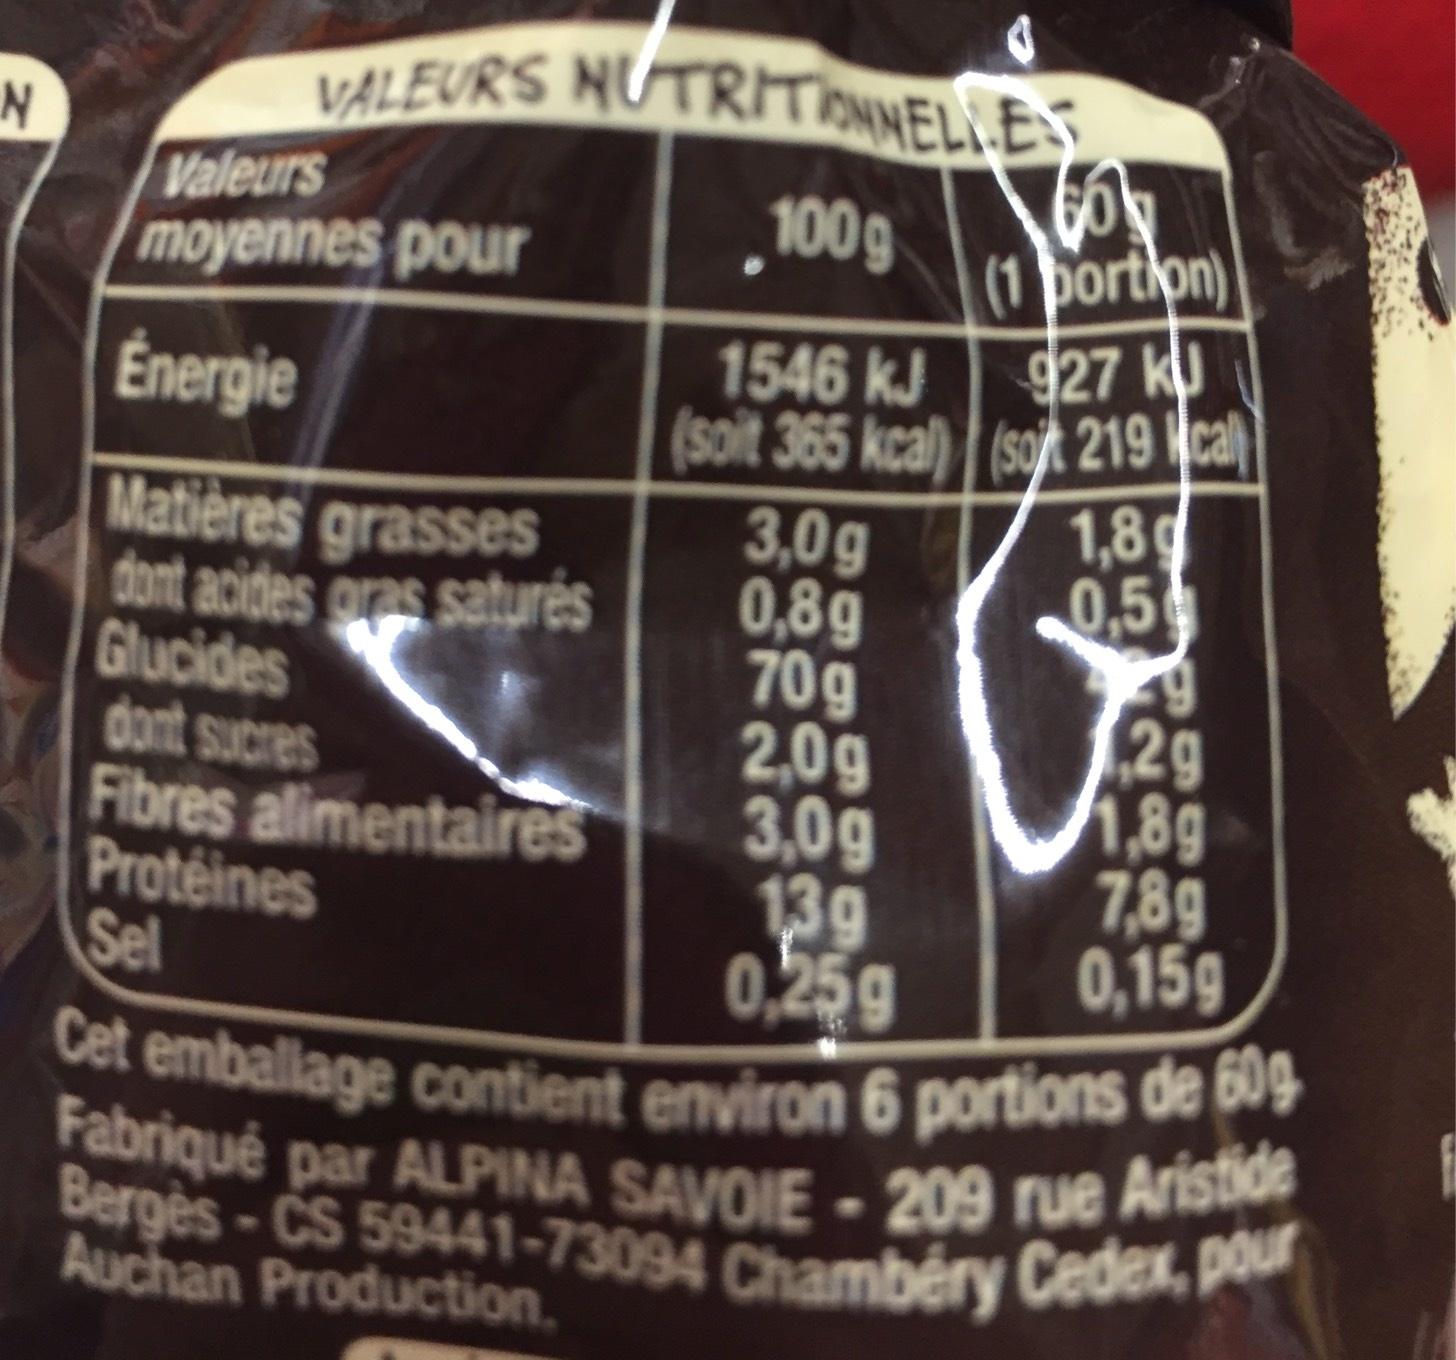
N
VALEURS NUTRITIONNELLES
100g
1546 kJ
(soit 365 kcal)
Valeurs
moyennes pour
Energie
Matières grasses dont acides gras saturés
Glucides
3,0g
0,8g
70g
2,0g
66
(1 portion) 927 k (soit 219 cal
3,0g
13g
0,25g
1,8
0,5
49
2g
dont sucres Fibres alimentaires
1,8g
7,89
Protéines Sel
0,159
Cet emballage contient environ 6 portions de 60g Fabriqué par ALPINA SAVOIE-209 rue Aristide Berges-CS 59441-73094 Chambéry Cedex, pour
Auchan Production.